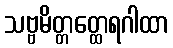
သဗ္ဗမိတ္တတ္ထေရဂါထာ